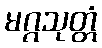
မဂ္ဂသုတ္တံ